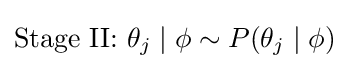
{\text{Stage II: }}\theta _{j}\mid \phi \sim P(\theta _{j}\mid \phi )